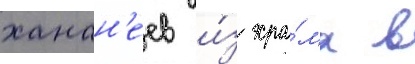
ханан'еев и́з хра́ма в